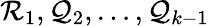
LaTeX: \mathcal{R}_{1},\mathcal{Q}_{2},\ldots,\mathcal{Q}_{k-1}